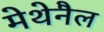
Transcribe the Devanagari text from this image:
मेथेनैल